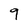
Character: 9